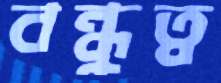
বন্ধুত্ব